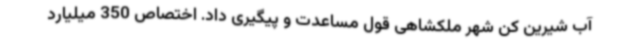
آب شیرین کن شهر ملکشاهی قول مساعدت و پیگیری داد. اختصاص 350 میلیارد